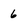
Character: 6